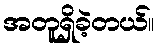
အတူရှိခဲ့တယ်။